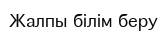
Жалпы білім беру